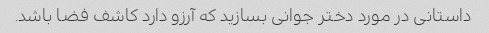
داستانی در مورد دختر جوانی بسازید که آرزو دارد کاشف فضا باشد.